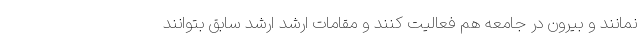
نمانند و بیرون در جامعه هم فعالیت کنند و مقامات ارشد ارشد سابق بتوانند